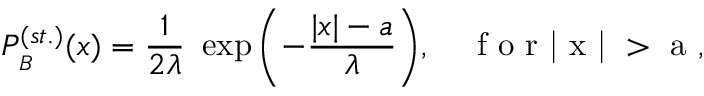
P _ { _ B } ^ { ( s t . ) } ( x ) = \frac { 1 } { 2 \lambda } \ \exp { \left( - \frac { | x | - a } { \lambda } \right) } , \quad \mathrm { ~ f ~ o ~ r ~ | ~ x ~ | ~ > ~ a ~ } ,